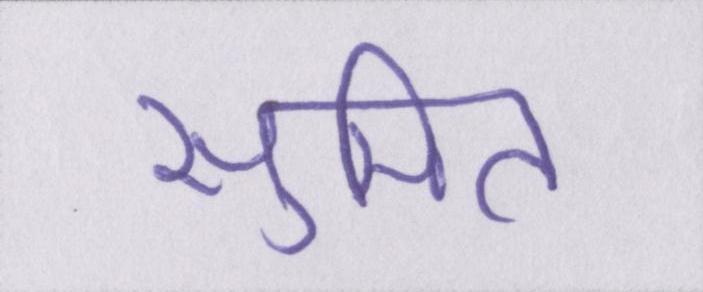
सुमित